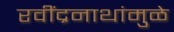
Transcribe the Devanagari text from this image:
रवींद्रनाथांमुळे